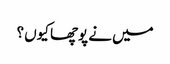
میں نے پوچھا کیوں ؟